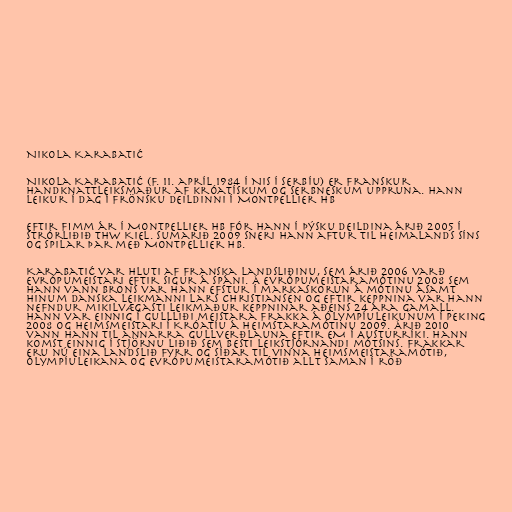
Nikola Karabatić

Nikola Karabatić (f. 11. apríl 1984 í Nis í Serbíu) er franskur
handknattleiksmaður af króatískum og serbneskum uppruna. Hann
leikur í dag í frönsku deildinni í Montpellier HB

Eftir fimm ár í Montpellier HB fór hann í þýsku deildina árið 2005 í
strórliðið THW Kiel. Sumarið 2009 sneri hann aftur til heimalands síns
og spilar þar með Montpellier HB.

Karabatić var hluti af franska landsliðinu, sem árið 2006 varð
Evrópumeistari eftir sigur á Spáni. Á Evrópumeistaramótinu 2008 sem
hann vann brons var hann efstur í markaskorun á mótinu ásamt
hinum danska leikmanni Lars Christiansen og eftir keppnina var hann
nefndur mikilvægasti leikmaður keppninar aðeins 24 ára gamall.
Hann var einnig í gullliði meistara Frakka á Ólympíuleikunum í Peking
2008 og heimsmeistari í Króatíu á Heimstaramótinu 2009. Árið 2010
vann hann til annarra gullverðlauna eftir EM í Austurríki. Hann
komst einnig í stjörnu liðið sem besti leikstjórnandi mótsins. Frakkar
eru nú eina landslið fyrr og síðar til vinna Heimsmeistaramótið,
Ólympíuleikana og Evrópumeistaramótið allt saman í röð